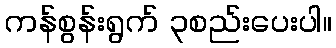
ကန်စွန်းရွက် ၃စည်းပေးပါ။